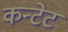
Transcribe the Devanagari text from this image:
कन्टेट